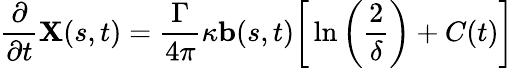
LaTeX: \frac{\partial}{\partial t}\mathbf{X}(s,t)=\frac{\Gamma}{4\pi}\kappa\mathbf{b}(s,t)\bigg[\ln\bigg(\frac{2}{\delta}\bigg)+C(t)\bigg]